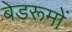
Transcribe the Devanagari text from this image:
बेडरूमों